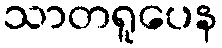
သာတရူပေန